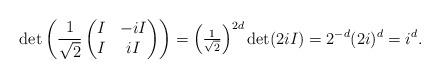
LaTeX: \begin{align*}\det\left(\frac{1}{\sqrt{2}}\begin{pmatrix}I & -i I\\I & i I\end{pmatrix}\right) = \left(\tfrac{1}{\sqrt{2}}\right)^{2d} \det(2 i I) = 2^{-d} (2 i)^{d} = i^d.\end{align*}